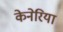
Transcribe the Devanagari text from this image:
केनेरिया